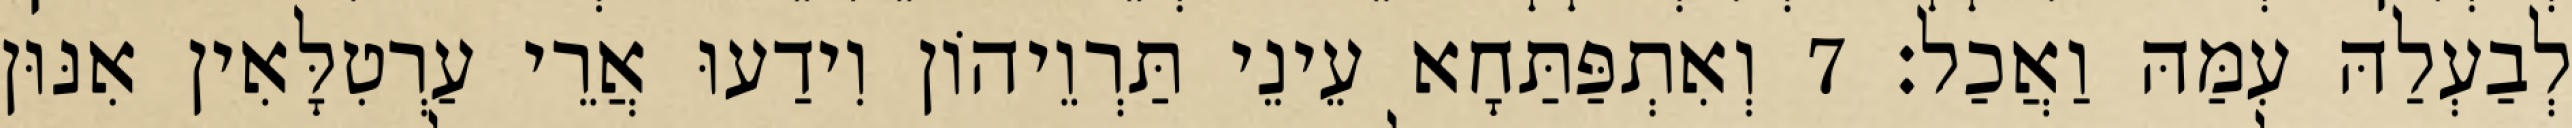
לְבַעְלַהּ עִמַּהּ וַאֲכַל׃ 7 וְאִתְפַּתַּחָא עֵינֵי תַּרְוֵיהוֹן וִידַעוּ אֲרֵי עַרְטִלָּאִין אִנּוּן